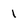
Character: 1